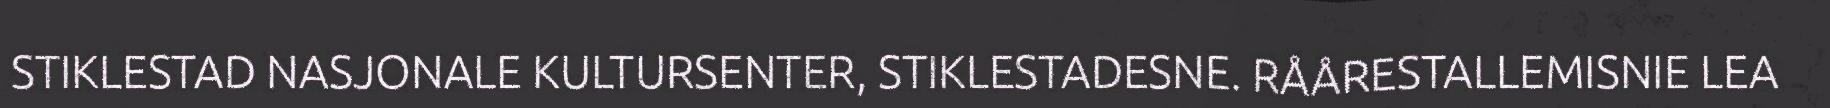
STIKLESTAD NASJONALE KULTURSENTER, STIKLESTADESNE. RÅÅRESTALLEMISNIE LEA